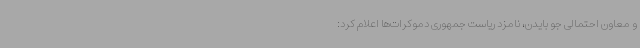
و معاون احتمالی جو بایدن، نامزد ریاست جمهوری دموکرات‌ها اعلام کرد: